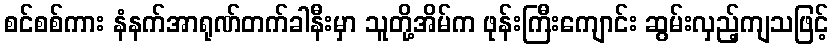
စင်စစ်ကား နံနက်အာရုဏ်တက်ခါနီးမှာ သူတို့အိမ်က ဖုန်းကြီးကျောင်း ဆွမ်းလှည့်ကျသဖြင့်